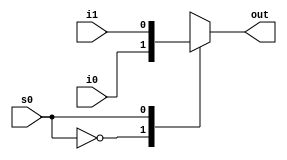
/*
* NAME-1: Yenumula Venkat Kumar 
* Rollno: 191CS263 
* Date of Writing: 13-03-2021
FROM THE PREVIOUS ASSIGNMENT A2
*/

module mux2_1 (out, i0, i1, s0); 
    input i0, i1; 
    input s0;
    output out;
    reg out;
    always @( s0 or i0 or i1 )
        case ({ s0}) 
        1'b0 : out = i0;
        1'b1 : out = i1;
        // default: $display("Invalid control signals"); 
    endcase
endmodule

module mux4_1 (result, i0, i1, i2, i3, s); 
    input i0, i1, i2, i3; 
    input [1:0] s;
    output result;
    reg result;
    always @( s[0] or s[1] or i0 or i1 or i2 or i3 )
        case ({s[1],s[0]}) 
            2'b00 : result = i0;
            2'b01 : result = i1;
            2'b10 : result = i2;
            2'b11 : result = i3;
        // default: $display("Invalid control signals"); 
    endcase
endmodule

/* FULL ADDER AND SUBTRACTOR*/
module FAS(sum,carry_out,a,b,carry_in);
    input  a,b,carry_in;
    output sum, carry_out;

    assign sum = (~a & ~b & carry_in) | (~a & b & ~carry_in) | (a & ~b & ~carry_in) | (a & b & carry_in); 
    assign carry_out = (a & b) | (b & carry_in) | (carry_in & a); 
    
endmodule

module AND(and_out,input1,input2);
    input input1;
    input input2;
    output and_out;
    assign and_out = input1 & input2;
endmodule

module OR(or_out,input1,input2);
    input input1;
    input input2;
    output or_out;
    assign or_out = input1 | input2;
endmodule

module xor_behavioural(y,a,b);
    // I/o port declarations
    input a,b;
    output y;
	 
    // no net

    // behavioural 
	assign y = (~a & b) | (a & ~b);
    
endmodule

module ALU (alu_out,alu_carry_out,A,B,alu_carry_in,Operation);
    input A;
    input B;
    input alu_carry_in;
    input [3:0] Operation;
    output reg  alu_out;
    output wire  alu_carry_out;

    wire i0_1,i1_1;
    wire out1;
    assign i0_1 = A;
    assign i1_1 = ~A;
    mux2_1 m1(out1,i0_1,i1_1,Operation[3]);

    //MUX 2
    wire i0_2,i1_2;
    wire out2;
    assign i0_2 = B;
    assign i1_2 = ~B;
    mux2_1 m2(out2,i0_2,i1_2,Operation[2]);

    // AND
    wire and1,carry_outt,summ,sum_,carry_out_;
    //FAS addsub2(summ,carry_outt,out1,out2,alu_carry_in);
    //assign alu_carry_out = carry_outt;
    AND and_1(and1,out1,out2);

    wire or1;
    //FAS addsub3(sum_,carry_out_,out1,out2,alu_carry_in);
    //assign alu_carry_out = carry_out_;
    OR or_1(or1,out1,out2);

    // adder or subtractor
    wire sum, carry_out;
    FAS addsub1(sum,carry_out,out1,out2,alu_carry_in);
    assign alu_carry_out = carry_out;

    always @(*)
    begin
        case ({Operation[3], Operation[2],Operation[1],Operation[0]}) 
            4'b0000: alu_out = and1; //AND A.B
            4'b0001: alu_out = or1;  //OR
            4'b0010: alu_out = sum;  //ADD
            4'b0110: alu_out = sum;  //SUB
            4'b1101: alu_out = or1;  //NAND
            4'b1100: alu_out = and1; //NOR
            4'b0111: alu_out = sum;  //SLT
            default: $display("Invalid control signals"); 
        endcase
    end
endmodule //ALU

/* n-bit ripple carry ALU */
module ALU_params(Alu_out,Alu_carry_out,A,B,Alu_carry_in,Operation);
    
    parameter N = 64;

    input [N-1:0] A,B;
    input Alu_carry_in;
    input [3:0] Operation;
    output [N-1:0] Alu_out;
    output Alu_carry_out;

    genvar i;

    wire [N:0] w;

    assign w[0] = Alu_carry_in;

    assign Alu_carry_out = w[N];
    // assign Setlt = set[0];
    generate for( i = 0; i< N; i=i+1)
	 //begin:
    begin: alu
        ALU alu(.alu_out(Alu_out[i]),.alu_carry_out(w[i+1]),.A(A[i]),.B(B[i]),.alu_carry_in(w[i]),.Operation(Operation));
    end
	 endgenerate
 
endmodule

module Zero_check(out,in);
    parameter N = 64; 
    input [N-1:0] in;
    output out; 
    assign out = in ? 0:1;
endmodule //ALU_tb

module SLT(out0,in0,coutt,overfg);
    input in0;
    input overfg;
    input coutt;
    wire w_1;
    output wire out0; 
    xor_behavioural xor_gate(w_1,in0,overfg);
    xor_behavioural xor_gate2(out0,w_1,coutt);
endmodule //ALU_tb

module Overflow(flag,a,b,bin,cin,cout,sumout);
    input a,b,bin,cout,cin,sumout;
    output flag;
    assign flag = (cin!=cout)?1:0;

endmodule //ALU_tb